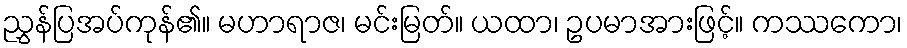
ညွှန်ပြအပ်ကုန်၏။ မဟာရာဇ၊ မင်းမြတ်။ ယထာ၊ ဥပမာအားဖြင့်။ ကဿကော၊